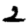
Digit: 2